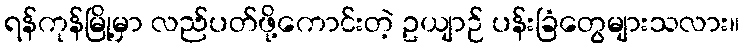
ရန်ကုန်မြို့မှာ လည်ပတ်ဖို့ကောင်းတဲ့ ဥယျာဉ် ပန်းခြံတွေများသလား။